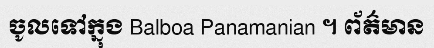
ចូលទៅក្នុង Balboa Panamanian ។ ព័ត៌មាន